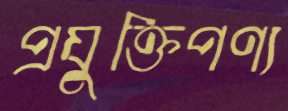
প্রযুক্তিপণ্য